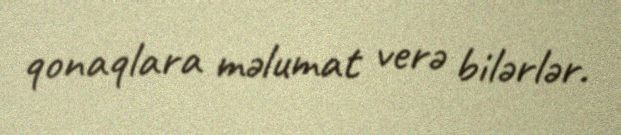
qonaqlara məlumat verə bilərlər.